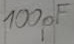
Text: 100pF